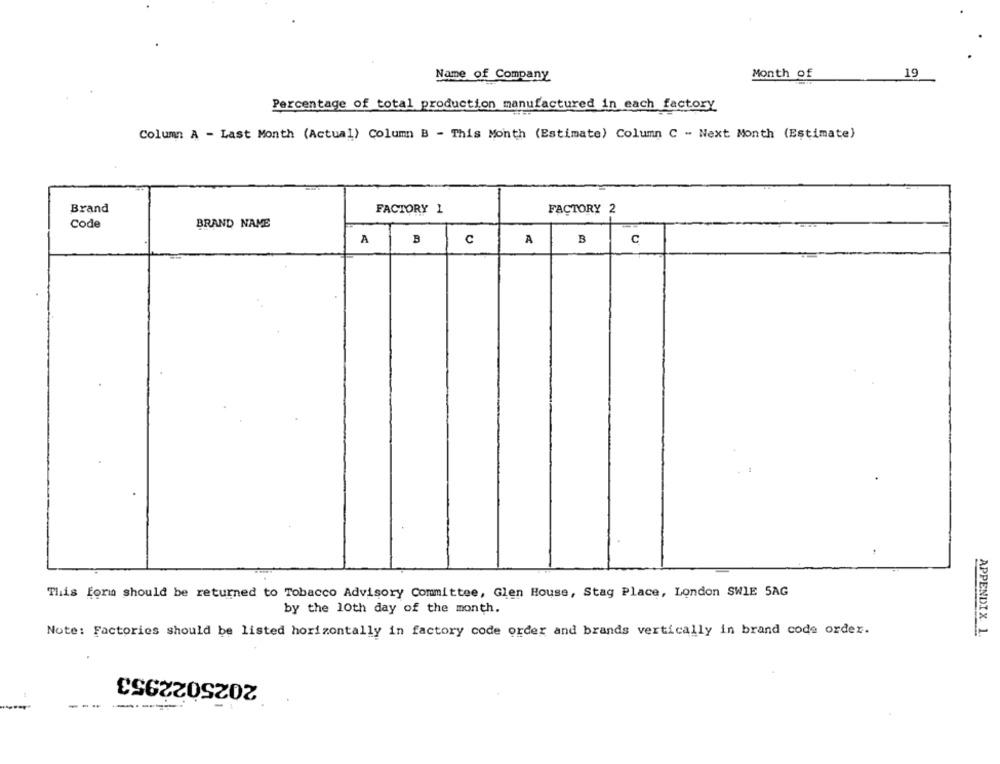
Name of Company
Month of
19
Percentage of total production manufactured in each factory
Column A - Last Month (Actual) Column B - This Month (Estimate) Column C - Next Month (Estimate)
Brand
FACTORY 1
FACTORY 2
Code
BRAND NAME
A
B
C
A
B
c
This form should be returned to Tobacco Advisory Committee, Glen House, Stag Place, London SWIE 5AG
by the 10th day of the month.
Note: Factories should be listed horizontally in factory code order and brands vertically in brand code order.
APPENDIX 1.
2025022953